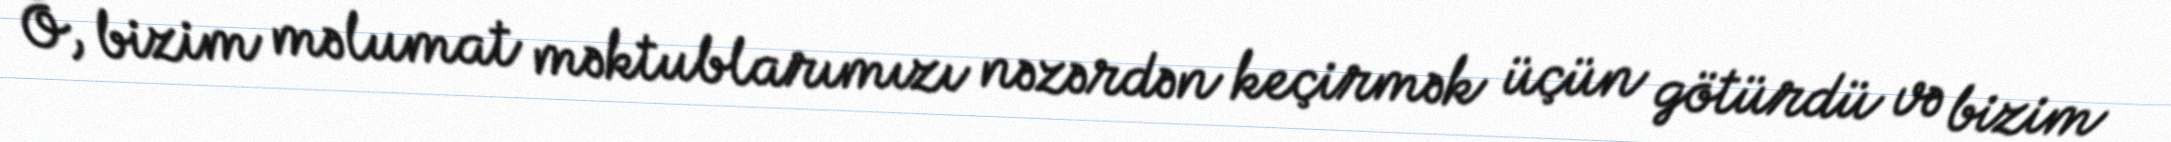
O, bizim məlumat məktublarımızı nəzərdən keçirmək üçün götürdü və bizim